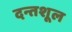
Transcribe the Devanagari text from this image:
दन्तशूल